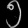
Digit: ၅